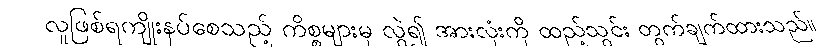
လူဖြစ်ရကျိုးနပ်စေသည့် ကိစ္စများမှ လွဲ၍ အားလုံးကို ထည့်သွင်း တွက်ချက်ထားသည်။